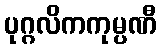
ပုဂ္ဂလိကကုမ္ပဏီ